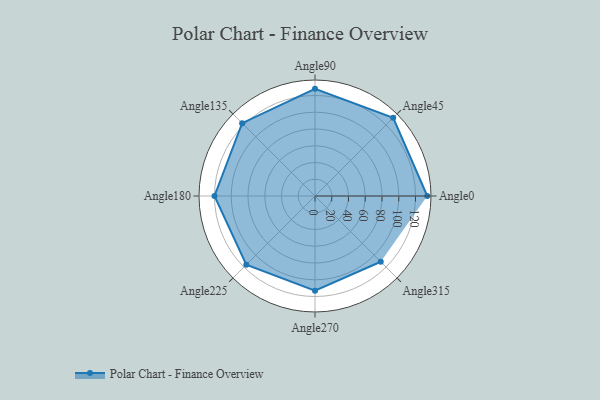
{"axis": {"x": "Angle", "y": "Radius"}, "legend": [""], "data": [{"x": "Angle0", "y": 134.0, "type": ""}, {"x": "Angle45", "y": 132.0, "type": ""}, {"x": "Angle90", "y": 128.0, "type": ""}, {"x": "Angle135", "y": 123.0, "type": ""}, {"x": "Angle180", "y": 120.0, "type": ""}, {"x": "Angle225", "y": 116.0, "type": ""}, {"x": "Angle270", "y": 113.0, "type": ""}, {"x": "Angle315", "y": 111.0, "type": ""}]}